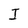
Character: I